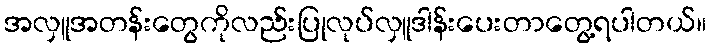
အလှူအတန်းတွေကိုလည်းပြုလုပ်လှူဒါန်းပေးတာတွေ့ရပါတယ်။